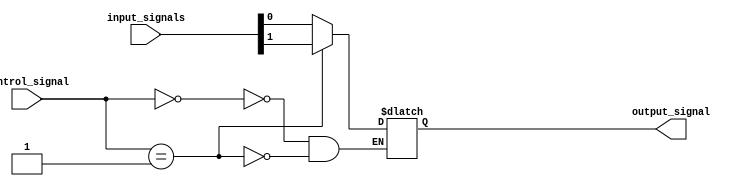
module multiplexer_64to1 (
    input [63:0] input_signals,
    input [5:0] control_signal,
    output reg output_signal
);

always @(*) begin
    case(control_signal)
        6'b000000: output_signal = input_signals[0];
        6'b000001: output_signal = input_signals[1];
        // Add cases for all 64 input signals here
        // Each case should specify the corresponding input signal based on the control signal
    endcase
end

endmodule